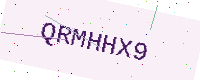
Text: QRMHHX9